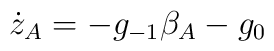
\dot z_A = -g_{-1}\beta_A - g_0